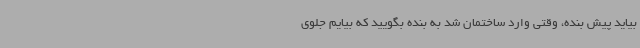
بیاید پیش بنده، وقتی وارد ساختمان شد به بنده بگویید که بیایم جلوی